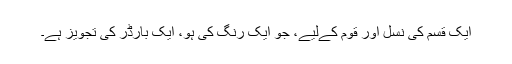
ایک قسم کی نسل اور قوم کےلیے، جو ایک رنگ کی ہو، ایک بارڈر کی تجویز ہے۔